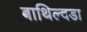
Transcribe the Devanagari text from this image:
बाथिल्दडा